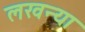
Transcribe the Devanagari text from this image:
लखन्या